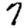
Digit: 7